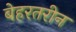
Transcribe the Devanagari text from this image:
बेहरतरीन